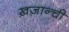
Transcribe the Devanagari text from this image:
ख़ज़ान्ची